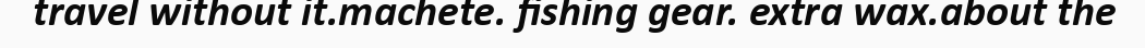
travel without it.machete. fishing gear. extra wax.about the